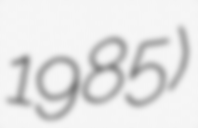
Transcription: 1985)